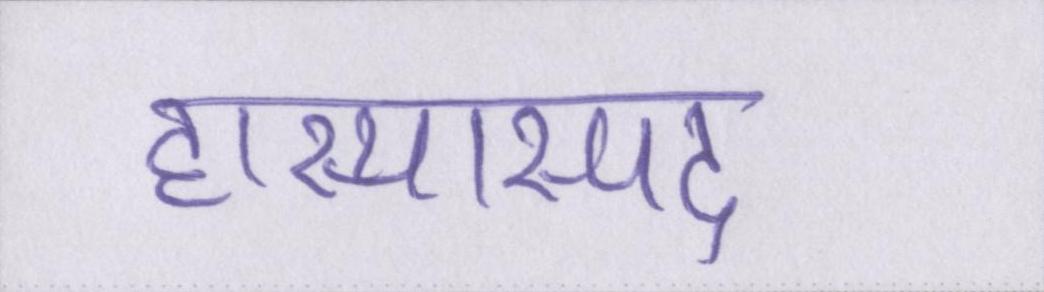
हास्यास्पद